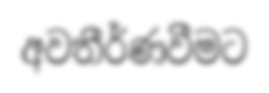
අවතීර්ණවීමට